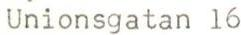
Unionsgatan 16